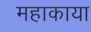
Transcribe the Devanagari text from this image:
महाकाया